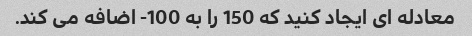
معادله ای ایجاد کنید که 150 را به 100- اضافه می کند.